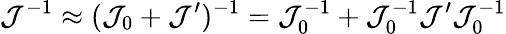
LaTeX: \mathcal J^{-1}\approx(\mathcal J_{0}+\mathcal J^{\prime})^{-1}=\mathcal J_{0}^{-1}+\mathcal J_{0}^{-1}\mathcal J^{\prime}\mathcal J_{0}^{-1}